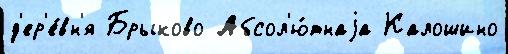
д'ер'е́вн'я Брыково Абсол'ю́тнаjа Калошино